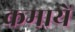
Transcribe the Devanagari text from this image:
कमायें